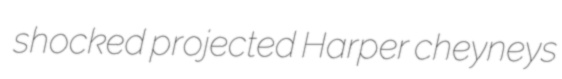
shocked projected Harper cheyneys